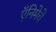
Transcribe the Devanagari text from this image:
ऍनिमेचे